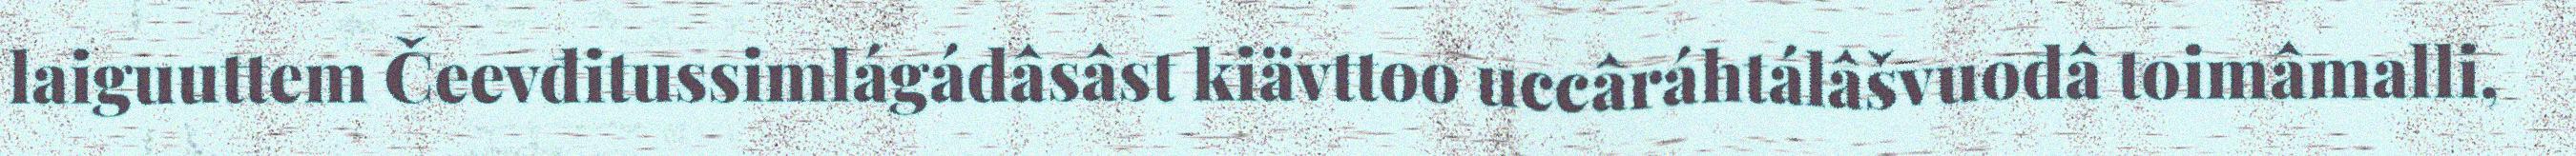
laiguuttem Čeevđitussimlágádâsâst kiävttoo uccâráhtálâšvuođâ toimâmalli,